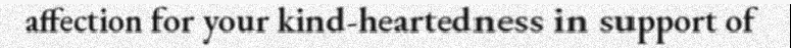
affection for your kind-heartedness in support of